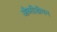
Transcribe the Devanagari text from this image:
औब्सीडीयन